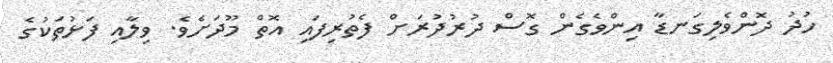
ހުދު ދޮންވެލިގަނޑާ އިންވެގެން ގޮސް ދުރުދުރަށް ފެތުރިފައި އޮތް މޫދަށެވެ. ވިލާއި ފަޅުތަކުގެ